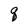
Character: q